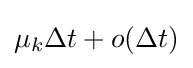
\mu _{k}\Delta t+o(\Delta t)